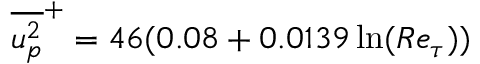
\overline { { u _ { p } ^ { 2 } } } ^ { + } = 4 6 ( 0 . 0 8 + 0 . 0 1 3 9 \ln ( R e _ { \tau } ) )